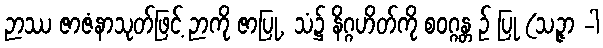
ဉာဿ ဇာဇံနာသုတ်ဖြင့် ဉာကို ဇာပြု, သံ၌ နိဂ္ဂဟိတ်ကို စဝဂ္ဂန္တ ဉ် ပြု (သဉ္ဇာ -ါ